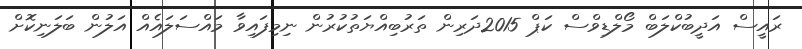
ރައީސް އަދީބުކްލަބް މޯލްޑިވްސް ކަޕް 2015ދަރިން ތަރުބިއްޔަތުކުރުން ނިމިފައިވާ މައްސަލައެއް އަލުން ބަލަނިކޮށް